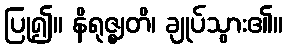
ပြု၍။ နိရုဇ္ဈတိ၊ ချုပ်သွား၏။